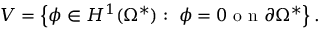
V = \left\{ \phi \in H ^ { 1 } ( \Omega ^ { * } ) : \ \phi = 0 \mathrm { ~ o ~ n ~ } \partial \Omega ^ { * } \right\} .